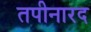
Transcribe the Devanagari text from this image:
तपीनारद